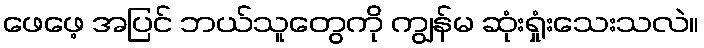
ဖေဖေ့ အပြင် ဘယ်သူတွေကို ကျွန်မ ဆုံးရှုံးသေးသလဲ။